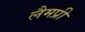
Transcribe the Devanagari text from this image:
लैमप्री